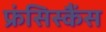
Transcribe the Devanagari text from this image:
फ्रंसिस्कैंस